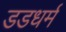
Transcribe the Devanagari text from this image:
डडधर्म